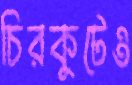
চিরকুটেও